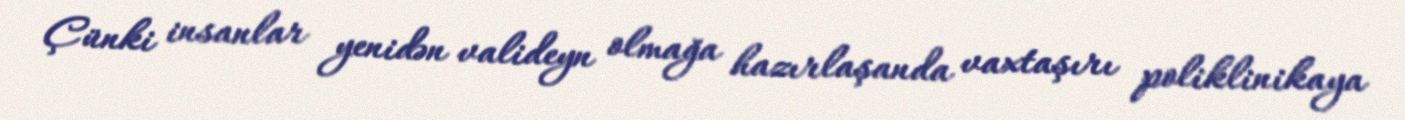
Çünki insanlar yenidən valideyn olmağa hazırlaşanda vaxtaşırı poliklinikaya